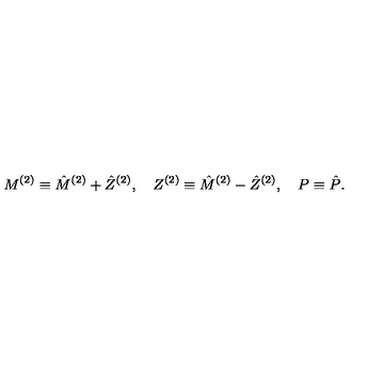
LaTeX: M ^ { ( 2 ) } \equiv \hat { M } ^ { ( 2 ) } + \hat { Z } ^ { ( 2 ) } , \quad Z ^ { ( 2 ) } \equiv \hat { M } ^ { ( 2 ) } - \hat { Z } ^ { ( 2 ) } , \quad P \equiv \hat { P } .